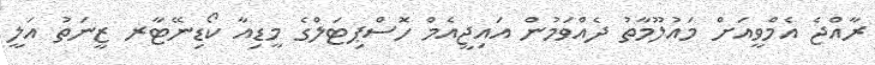
ރާއްޖެ އެމްވީއަށް މައުލޫމާތު ދެއްވަމުން އައިޖީއެމް ހޮސްޕިޓަލްގެ މީޑިއާ ކޯޑިނޭޓާރ ޒީނަތު އަލީ